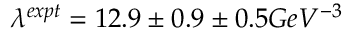
\lambda ^ { e x p t } = 1 2 . 9 \pm 0 . 9 \pm 0 . 5 G e V ^ { - 3 }